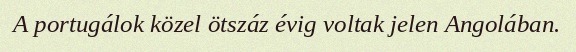
A portugálok közel ötszáz évig voltak jelen Angolában.